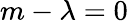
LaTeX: m-\lambda=0